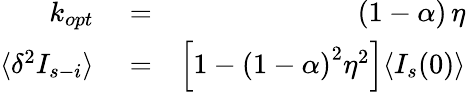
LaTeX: \begin{array}{rlr}{k_{opt}}&{{}=}&{(1-\alpha)\, \eta}\\ {\langle\delta^{2}I_{s-i}\rangle}&{{}=}&{\left[1-\left(1-\alpha\right)^{2}\eta^{2}\right]\langle I_{s}(0)\rangle}\end{array}